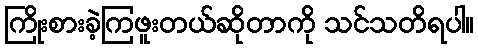
ကြိုးစားခဲ့ကြဖူးတယ်ဆိုတာကို သင်သတိရပါ။